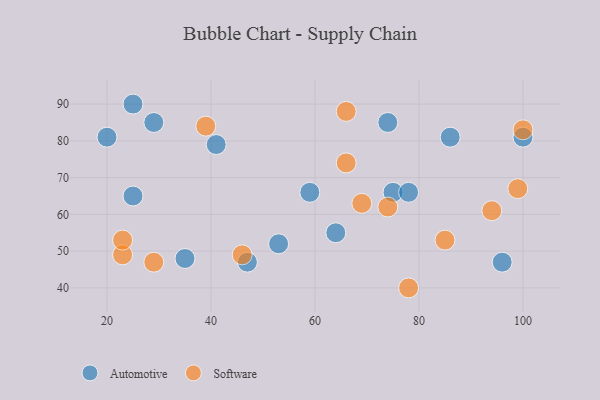
{"axis": {"x": "GDP", "y": "Life Expectancy"}, "legend": ["Automotive", "Software"], "data": [{"x": "41", "y": 79, "type": "Automotive"}, {"x": "35", "y": 48, "type": "Automotive"}, {"x": "75", "y": 66, "type": "Automotive"}, {"x": "100", "y": 81, "type": "Automotive"}, {"x": "25", "y": 65, "type": "Automotive"}, {"x": "78", "y": 66, "type": "Automotive"}, {"x": "64", "y": 55, "type": "Automotive"}, {"x": "47", "y": 47, "type": "Automotive"}, {"x": "74", "y": 85, "type": "Automotive"}, {"x": "25", "y": 90, "type": "Automotive"}, {"x": "53", "y": 52, "type": "Automotive"}, {"x": "96", "y": 47, "type": "Automotive"}, {"x": "86", "y": 81, "type": "Automotive"}, {"x": "29", "y": 85, "type": "Automotive"}, {"x": "20", "y": 81, "type": "Automotive"}, {"x": "59", "y": 66, "type": "Automotive"}, {"x": "94", "y": 61, "type": "Software"}, {"x": "23", "y": 49, "type": "Software"}, {"x": "39", "y": 84, "type": "Software"}, {"x": "66", "y": 74, "type": "Software"}, {"x": "78", "y": 40, "type": "Software"}, {"x": "69", "y": 63, "type": "Software"}, {"x": "66", "y": 88, "type": "Software"}, {"x": "23", "y": 53, "type": "Software"}, {"x": "99", "y": 67, "type": "Software"}, {"x": "85", "y": 53, "type": "Software"}, {"x": "100", "y": 83, "type": "Software"}, {"x": "29", "y": 47, "type": "Software"}, {"x": "46", "y": 49, "type": "Software"}, {"x": "74", "y": 62, "type": "Software"}]}